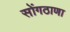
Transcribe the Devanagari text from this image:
सोंगठाणा